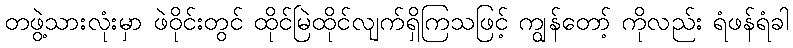
တဖွဲ့သားလုံးမှာ ဖဲဝိုင်းတွင် ထိုင်မြဲထိုင်လျက်ရှိကြသဖြင့် ကျွန်တော့် ကိုလည်း ရံဖန်ရံခါ